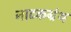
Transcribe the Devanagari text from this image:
नाटकग्रंथ